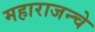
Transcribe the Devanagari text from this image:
महाराजन्चे